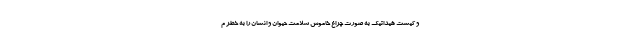
و کیست هیداتیک به صورت چراغ خاموش سلامت حیوان و انسان را به خطر م